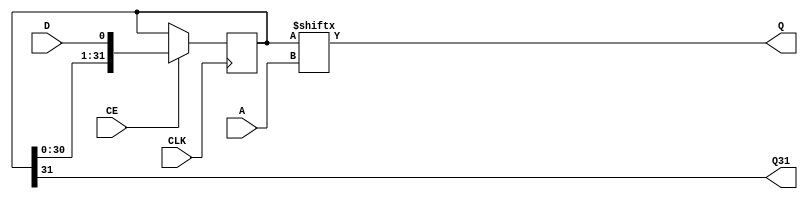
module SRLC32E_VPR
(
input CLK, CE, D,
input [4:0] A,
output Q, Q31
);
  parameter [64:0] INIT = 64'd0;
  parameter [0:0] IS_CLK_INVERTED = 1'b0;
  reg [31:0] r;
  integer i;
  initial for (i=0; i<32; i=i+1)
    r[i] <= INIT[2*i];
  assign Q31 = r[31];
  assign Q = r[A];
  generate begin
    if (IS_CLK_INVERTED) begin
      always @(negedge CLK) if (CE) r <= { r[30:0], D };
    end else begin
      always @(posedge CLK) if (CE) r <= { r[30:0], D };
    end
  end endgenerate
endmodule